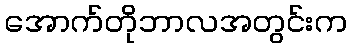
အောက်တိုဘာလအတွင်းက